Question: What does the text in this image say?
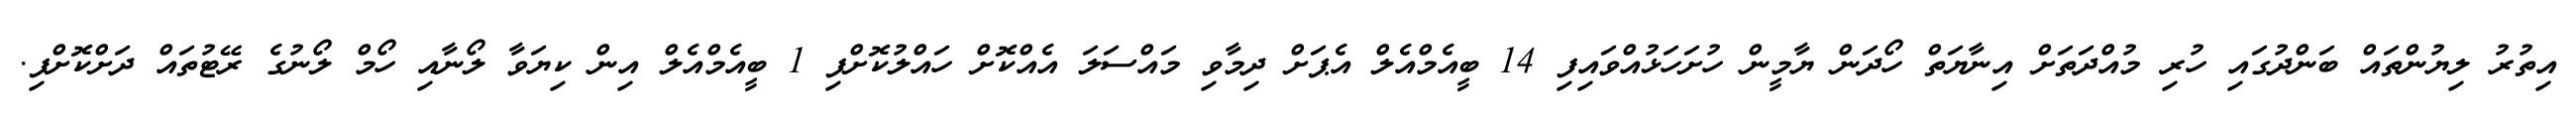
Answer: އިތުރު ލިޔުންތައް ބަންދުގައި ހުރި މުއްދަތަށް އިނާޔަތް ހޯދަން ޔާމީން ހުށަހަޅުއްވައިފި 14 ބީއެމްއެލް އެޕަށް ދިމާވި މައްސަލަ އެއްކޮށް ހައްލުކޮށްފި 1 ބީއެމްއެލް އިން ކިޔަވާ ލޯނާއި ހޯމް ލޯނުގެ ރޭޓުތައް ދަށްކޮށްފި.